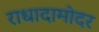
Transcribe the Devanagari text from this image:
राधादामोदर